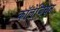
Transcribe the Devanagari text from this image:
कॉलेजियन